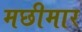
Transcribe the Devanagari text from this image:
मछीमार